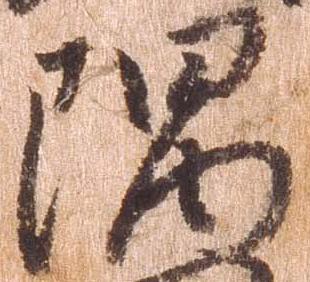
隅